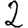
Digit: 2